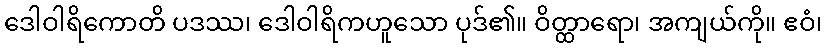
ဒေါဝါရိကောတိ ပဒဿ၊ ဒေါဝါရိကဟူသော ပုဒ်၏။ ဝိတ္ထာရော၊ အကျယ်ကို။ ဧဝံ၊